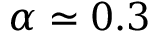
\alpha \simeq 0 . 3